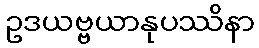
ဥဒယဗ္ဗယာနုပဿိနာ